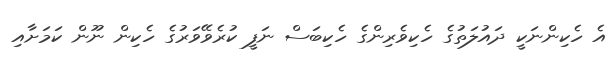
އެ ހެކިންނަކީ ދައުލަތުގެ ހެކިވެރިންގެ ހެކިބަސް ނަފީ ކުރެވޭވަރުގެ ހެކިން ނޫން ކަމަށާއި